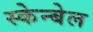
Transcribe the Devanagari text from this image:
स्केन्बेल